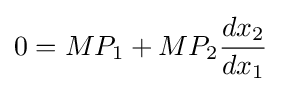
0=MP_{1}+MP_{2}{\frac {dx_{2}}{dx_{1}}}